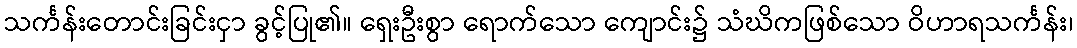
သင်္ကန်းတောင်းခြင်းငှာ ခွင့်ပြု၏။ ရှေးဦးစွာ ရောက်သော ကျောင်း၌ သံဃိကဖြစ်သော ဝိဟာရသင်္ကန်း၊